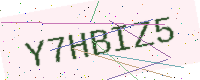
Text: Y7HBIZ5